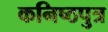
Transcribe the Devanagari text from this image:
कनिष्ठपुत्र